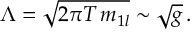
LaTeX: \Lambda = \sqrt { 2 \pi T \, m _ { 1 l } } \sim \sqrt { g } \, .